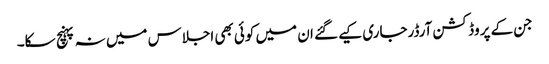
جن کے پروڈکشن آرڈرجاری کیے گئے ان میں کوئی بھی اجلاس میں نہ پہنچ سکا۔